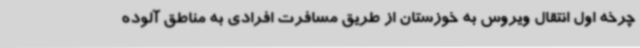
چرخه اول انتقال ویروس به خوزستان از طریق مسافرت افرادی به مناطق آلوده